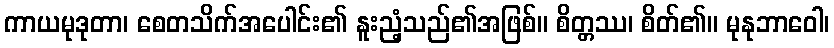
ကာယမုဒုတာ၊ စေတသိက်အပေါင်း၏ နူးညံ့သည်၏အဖြစ်။ စိတ္တဿ၊ စိတ်၏။ မုနုဘာဝေါ၊